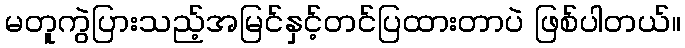
မတူကွဲပြားသည့်အမြင်နှင့်တင်ပြထားတာပဲ ဖြစ်ပါတယ်။